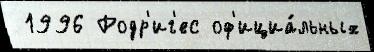
 1996 Родр'иг'ес оф'ициа́льных